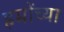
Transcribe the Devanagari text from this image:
हमोंच्या